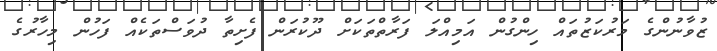
ޒުވާނުންގެ މަރުކަޒުތައް ހިންގުން އަމިއްލަ ފަރާތްތަކަށް ދޫކުރަން ފެށިތާ ދުވަސްތަކެއް ފަހުން މިހާރުގެ